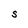
Character: S